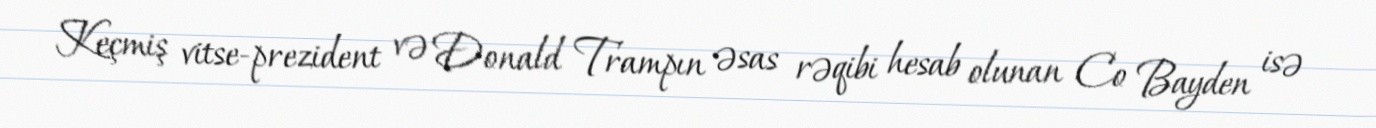
Keçmiş vitse-prezident və Donald Trampın əsas rəqibi hesab olunan Co Bayden isə